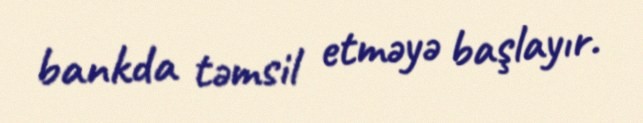
bankda təmsil etməyə başlayır.